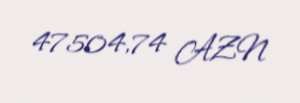
47504,74 AZN